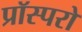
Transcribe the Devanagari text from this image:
प्रॉस्परो